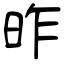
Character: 昨